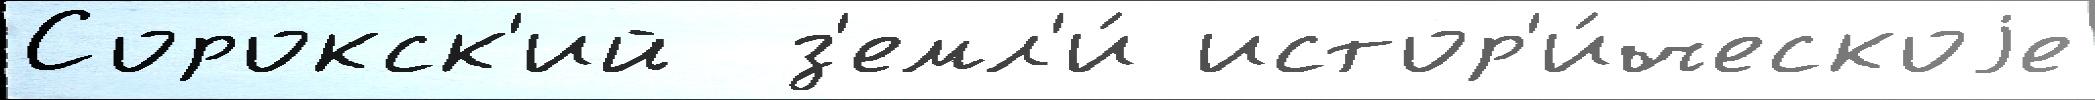
Сорокск'ий  з'емл'и́ истор'и́ческоjе